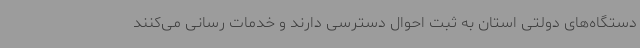
دستگاه‌های دولتی استان به ثبت احوال دسترسی دارند و خدمات رسانی می‌کنند